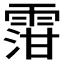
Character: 𲉿